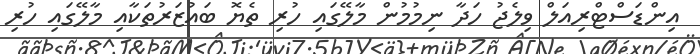
އިންޑަސްޓްރިއަލް ވިލެޖު ހަދާ ނިމުމުން މާލޭގައި ހުރި ތެޔޮ ބައުޒަރުތަކާއި މާލޭގައި ހުރި